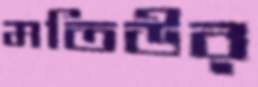
মতিউর